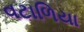
વટાળિયા